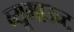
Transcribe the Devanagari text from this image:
ब्यूमाउन्ट